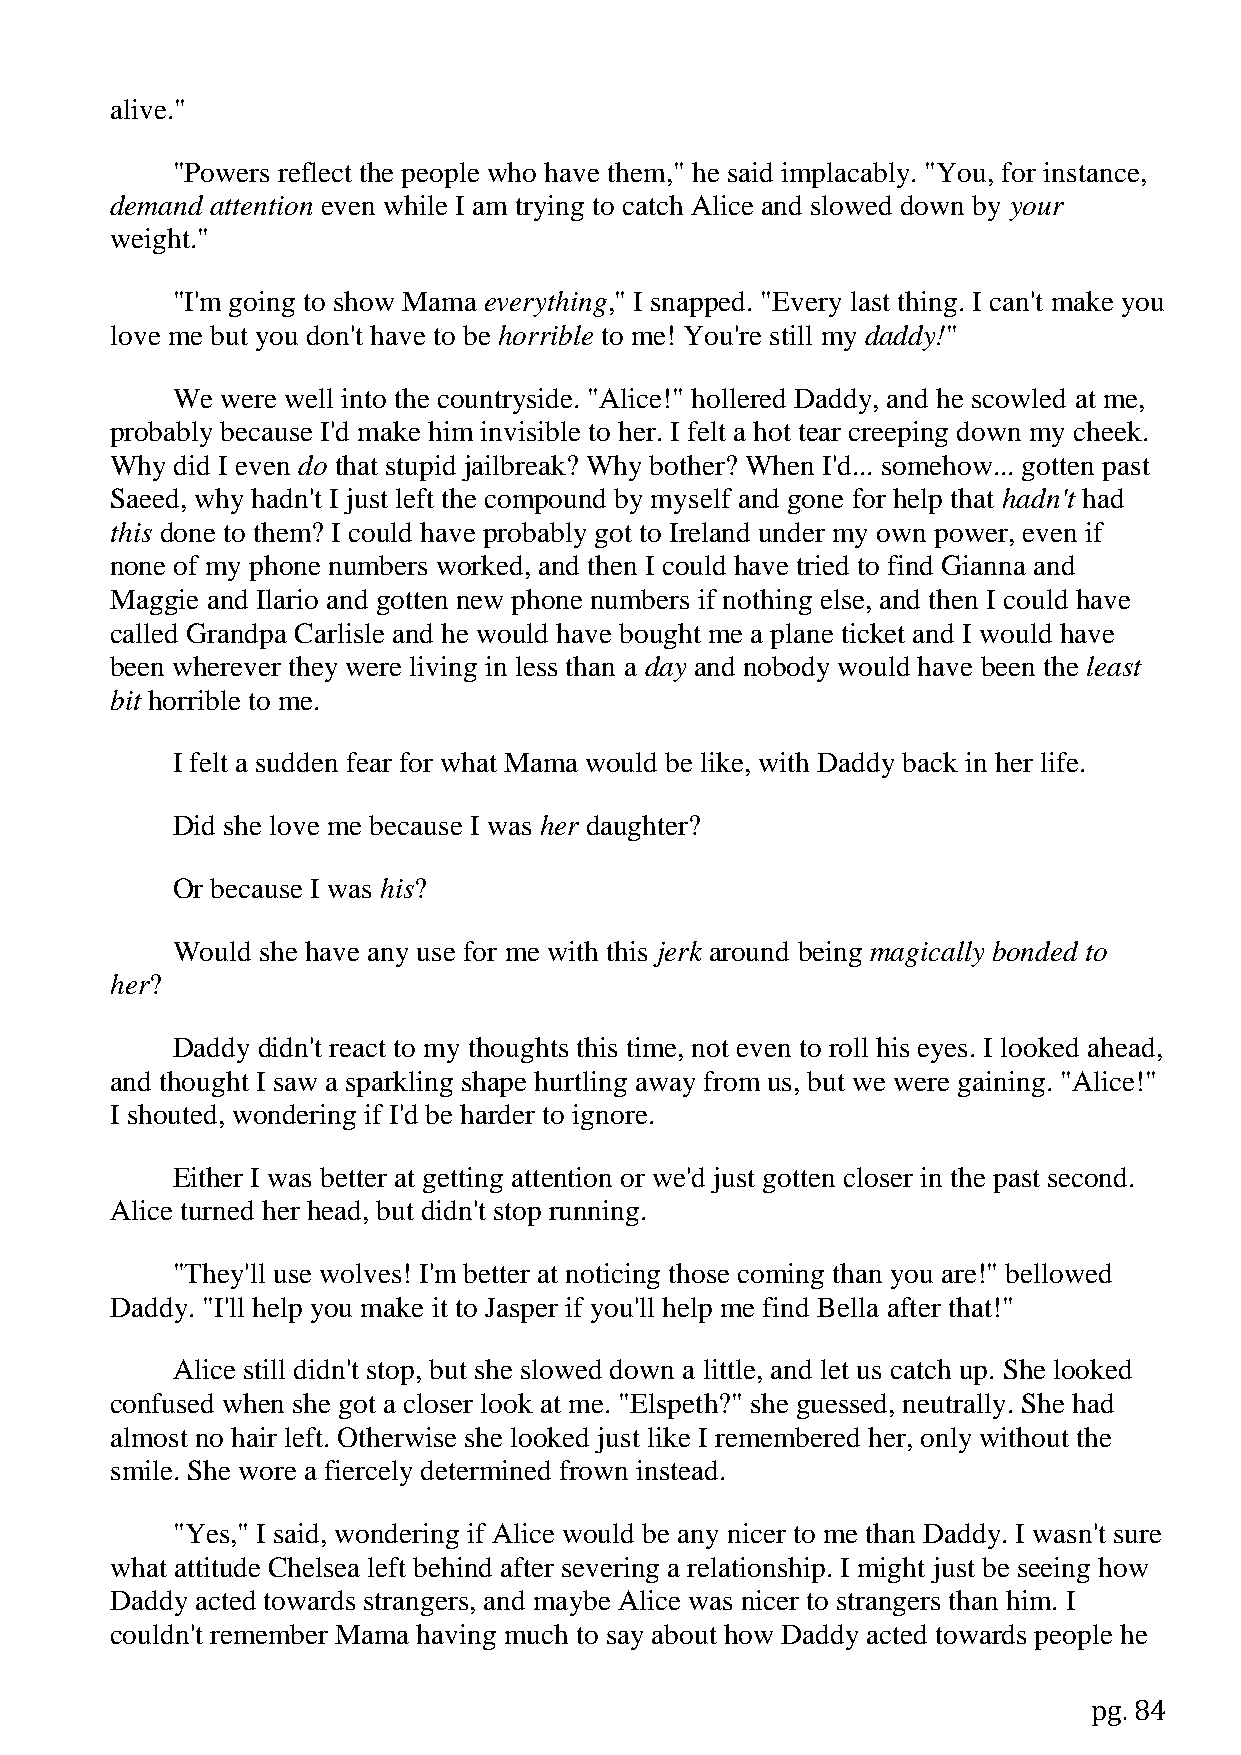
alive."
 "Powers reflect the people who have them," he said implacably. "You, for instance,
 demand attention even while I am trying to catch Alice and slowed down by your
 weight."
 "I'm going to show Mama everything," I snapped. "Every last thing. I can't make you
 love me but you don't have to be horrible to me! You're still my daddy!"
 We  were well into the countryside. "Alice!" hollered Daddy, and he scowled at me,
 probably because I'd make him invisible to her. I felt a hot tear creeping down my cheek.
 Why  did I even do that stupid jailbreak? Why bother? When I'd... somehow... gotten past
 Saeed, why hadn't I just left the compound by myself and gone for help that hadn't had
 this done to them? I could have probably got to Ireland under my own power, even if
 none of my phone numbers worked, and then I could have tried to find Gianna and
 Maggie and Ilario and gotten new phone numbers if nothing else, and then I could have
 called Grandpa Carlisle and he would have bought me a plane ticket and I would have
 been wherever they were living in less than a day and nobody would have been the least
 bit horrible to me.
 I felt a sudden fear for what Mama would be like, with Daddy back in her life.
 Did she love me because I was her daughter?
 Or because I was his?
 Would she have any use for me with this jerk around being magically bonded to
 her?
 Daddy didn't react to my thoughts this time, not even to roll his eyes. I looked ahead,
 and thought I saw a sparkling shape hurtling away from us, but we were gaining. "Alice!"
 I shouted, wondering if I'd be harder to ignore.
 Either I was better at getting attention or we'd just gotten closer in the past second.
 Alice turned her head, but didn't stop running.
 "They'll use wolves! I'm better at noticing those coming than you are!" bellowed
 Daddy. "I'll help you make it to Jasper if you'll help me find Bella after that!"
 Alice still didn't stop, but she slowed down a little, and let us catch up. She looked
 confused when she got a closer look at me. "Elspeth?" she guessed, neutrally. She had
 almost no hair left. Otherwise she looked just like I remembered her, only without the
 smile. She wore a fiercely determined frown instead.
 "Yes," I said, wondering if Alice would be any nicer to me than Daddy. I wasn't sure
 what attitude Chelsea left behind after severing a relationship. I might just be seeing how
 Daddy acted towards strangers, and maybe Alice was nicer to strangers than him. I
 couldn't remember Mama having much to say about how Daddy acted towards people he
 pg. 84